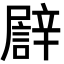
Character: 𨐫